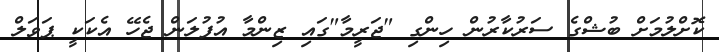
ކޮށްލުމަށް ބުޝްގެ ސަރުކާރުން ހިންގި "ޖަރީމާ"ގައި ޒިންމާ އުފުލަން ޖެހޭ އެކަކީ ޕަވަލް